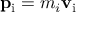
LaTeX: \mathbf { p } _ { \mathrm { { i } } } = m _ { i } \mathbf { v } _ { \mathrm { { i } } } \,